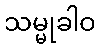
သမ္မုခါဝ